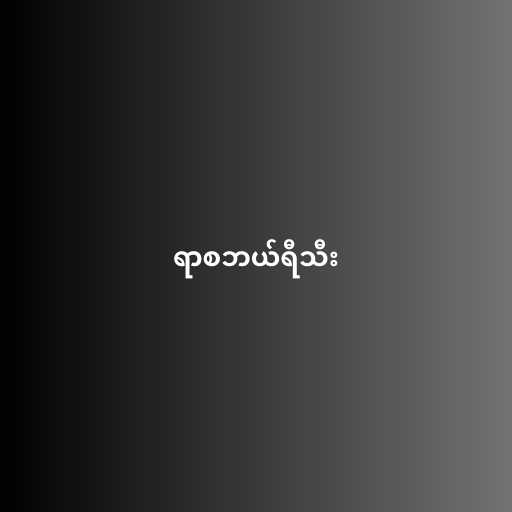
ရာစဘယ်ရီသီး